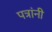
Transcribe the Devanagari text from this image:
पत्रांनी